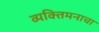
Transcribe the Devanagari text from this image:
व्यक्तिमनाचा